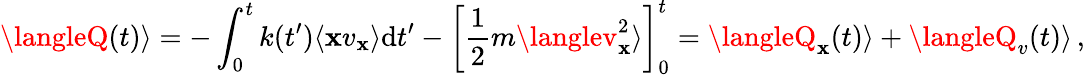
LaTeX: \langleQ(t)\rangle=-\int_{0}^{t}k(t^{\prime})\langle\mathbf{x}v_{\mathbf{x}}\rangle\mathrm{d}t^{\prime}-\left[\frac{{1}}{{2}}m\langlev_{\mathbf{x}}^{2}\rangle\right]_{0}^{t}=\langleQ_{\mathbf{x}}(t)\rangle+\langleQ_{v}(t)\rangle\, ,